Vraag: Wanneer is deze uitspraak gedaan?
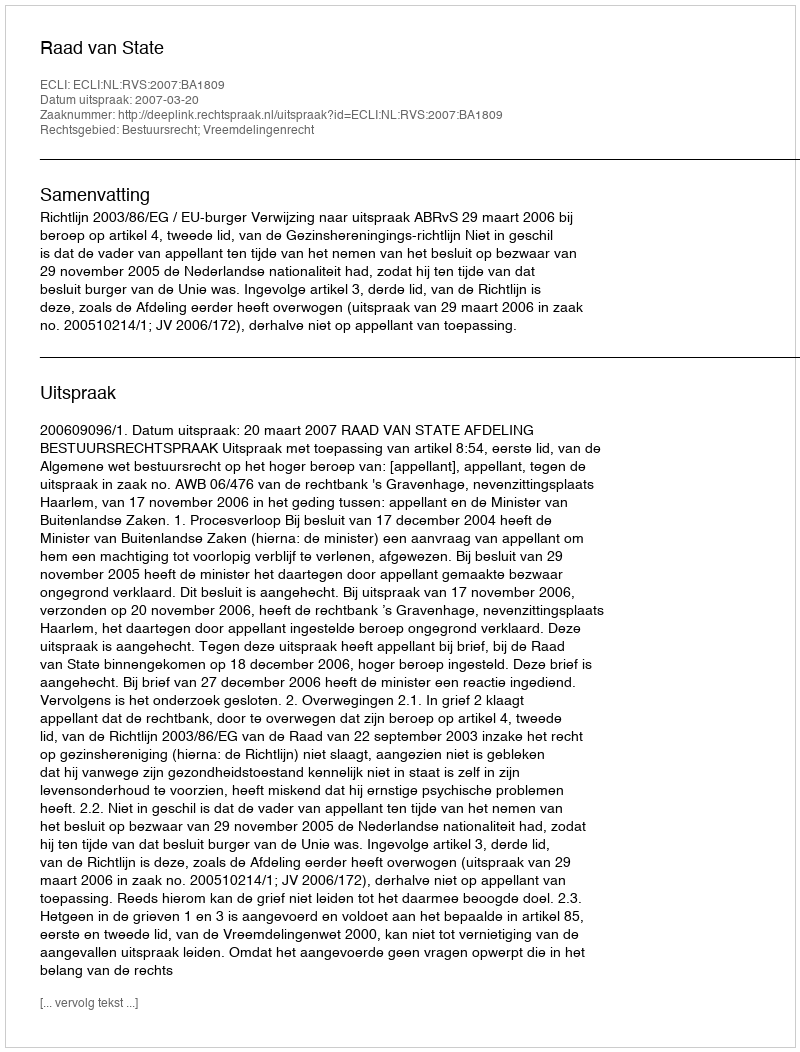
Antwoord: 2007-03-20